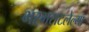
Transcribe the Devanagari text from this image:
भरभराटलेल्या